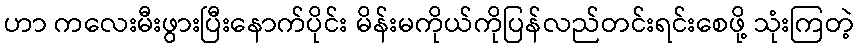
ဟာ ကလေးမီးဖွားပြီးနောက်ပိုင်း မိန်းမကိုယ်ကိုပြန်လည်တင်းရင်းစေဖို့ သုံးကြတဲ့